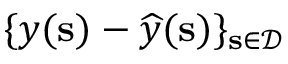
\{ \boldsymbol { y } ( \mathbf { s } ) - \boldsymbol { \widehat { y } } ( \mathbf { s } ) \} _ { \mathbf { s } \in \mathcal { D } }